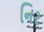
નિર